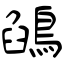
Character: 鵮